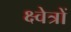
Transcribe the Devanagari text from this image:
क्ष्वेत्रों